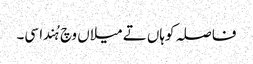
فاصلہ کوہاں تے میلاں وچ ہُندا سی۔